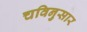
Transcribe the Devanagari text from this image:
चविनुसार